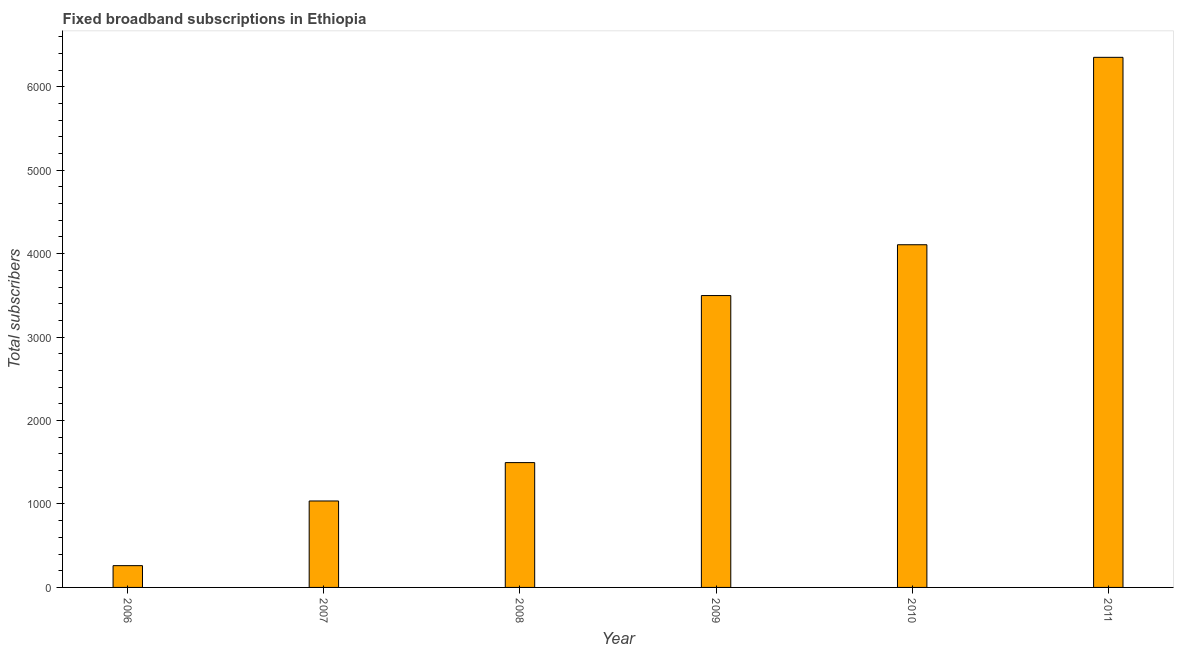
| Year | Fixed broadband subscriptions |
 | --- | --- |
 | 2006 | 261 |
 | 2007 | 1.04e+03 |
 | 2008 | 1.5e+03 |
 | 2009 | 3.5e+03 |
 | 2010 | 4.11e+03 |
 | 2011 | 6.35e+03 |